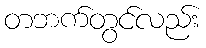
တဘက်တွင်လည်း